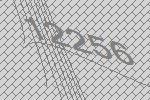
12256